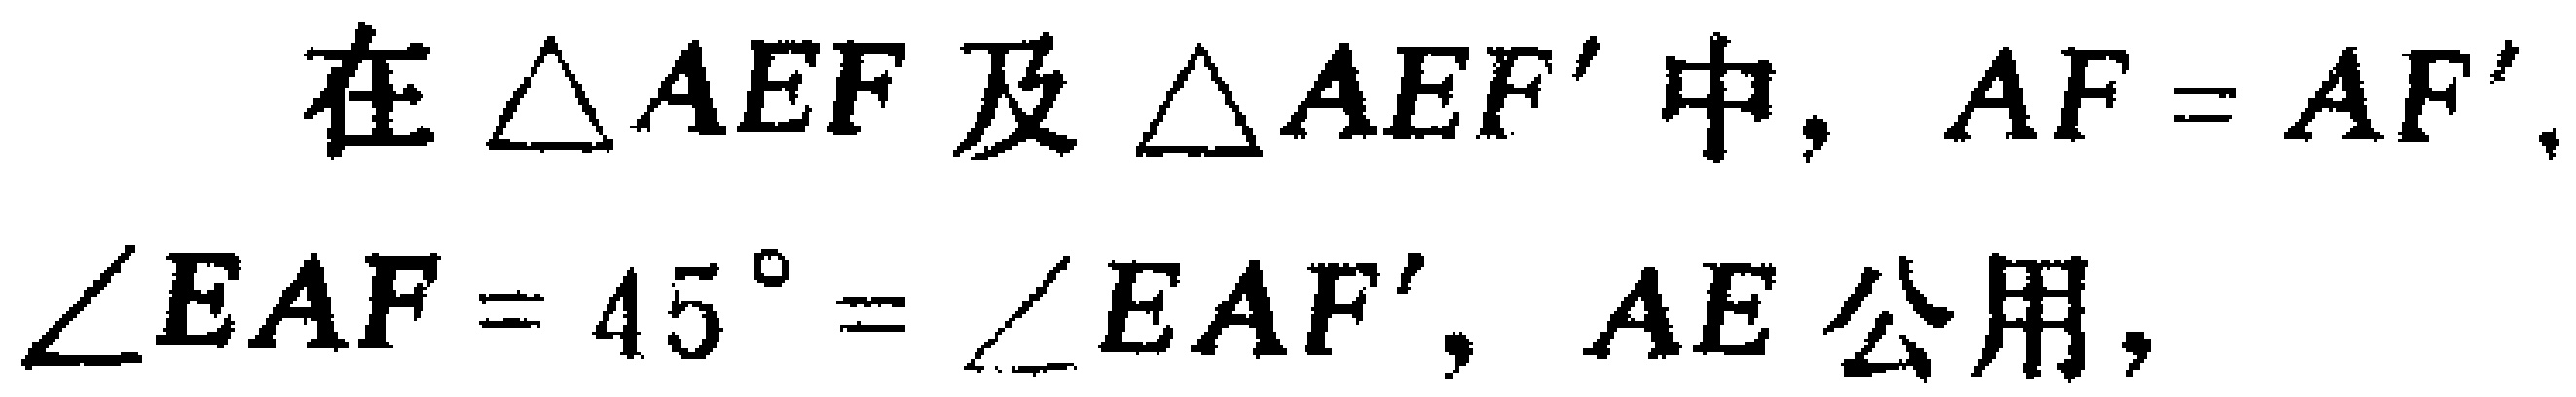
在$\triangle AEF$及$\triangle AEF'$中，$AF = AF'$，$\angle EAF = 45^{\circ} = \angle EAF'$，$AE$公用，